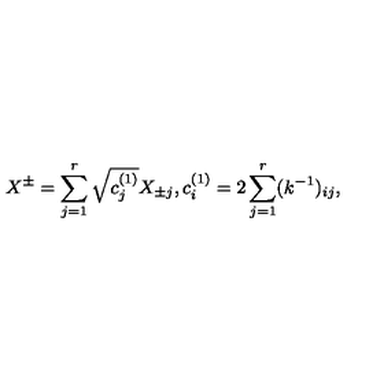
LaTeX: X ^ { \pm } = \sum _ { j = 1 } ^ { r } \sqrt { c _ { j } ^ { ( 1 ) } } X _ { \pm j } , c _ { i } ^ { ( 1 ) } = 2 \sum _ { j = 1 } ^ { r } ( k ^ { - 1 } ) _ { i j } ,